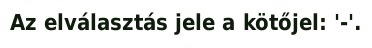
Az elválasztás jele a kötőjel: '-'.